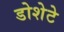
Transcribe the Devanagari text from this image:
डोशेटे